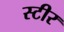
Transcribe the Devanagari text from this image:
स्टीर